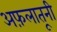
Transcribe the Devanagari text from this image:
अफ़लातूनी